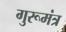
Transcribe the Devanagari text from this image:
गुरूमंत्र